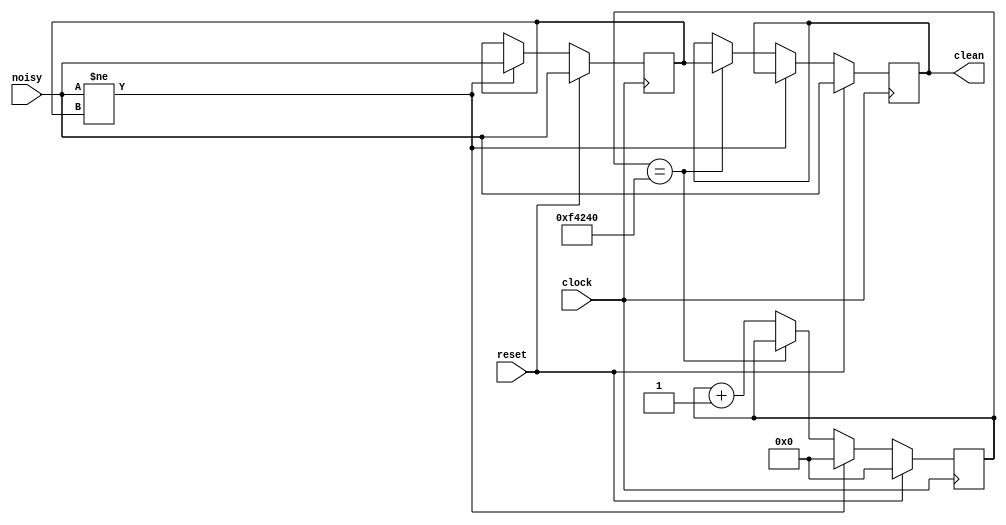
module debounce ( 
    input reset, clock, noisy,               
    output reg clean 
);

    reg [19:0] count;
    reg new_input;

    always @(posedge clock)
    begin
        if (reset) begin 
            new_input <= noisy; 
            clean <= noisy; 
            count <= 20'd0;
        end
        else 
        begin 
            if (noisy != new_input) begin
                new_input <= noisy; 
                count <= 0;
            end
            else if (count == 20'd1_000_000) // 10 ms
                clean <= new_input;
            else 
                count <= count + 20'd1;
        end
    end

endmodule